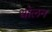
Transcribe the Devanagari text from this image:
थोलन